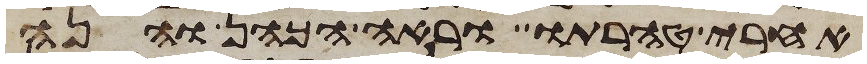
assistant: אחרי טהרתו וראה הכהן והנה